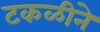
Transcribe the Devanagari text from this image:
टकळीने